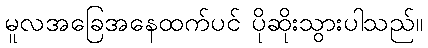
မူလအခြေအနေထက်ပင် ပိုဆိုးသွားပါသည်။